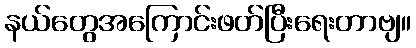
နယ်တွေအကြောင်းဖတ်ပြီးရေးတာဗျ။